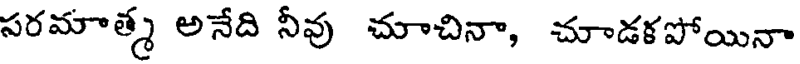
సరమాత్మ అనేది నీవు చూచినా, చూడకపోయినా